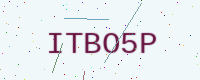
Text: ITBO5P